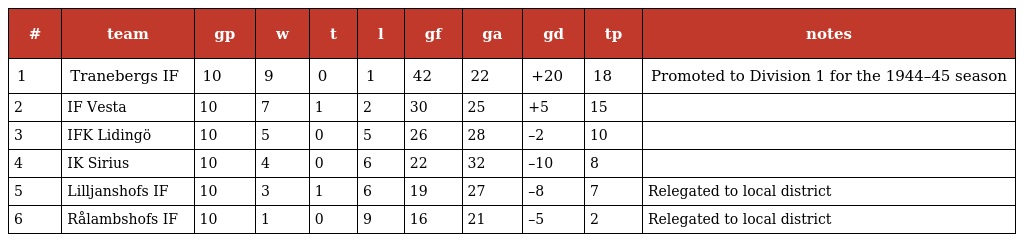
| # | team | gp | w | t | l | gf | ga | gd | tp | notes |
 | --- | --- | --- | --- | --- | --- | --- | --- | --- | --- | --- |
 | 1 | Tranebergs IF | 10 | 9 | 0 | 1 | 42 | 22 | +20 | 18 | Promoted to Division 1 for the 1944–45 season |
 | 2 | IF Vesta | 10 | 7 | 1 | 2 | 30 | 25 | +5 | 15 |  |
 | 3 | IFK Lidingö | 10 | 5 | 0 | 5 | 26 | 28 | –2 | 10 |  |
 | 4 | IK Sirius | 10 | 4 | 0 | 6 | 22 | 32 | –10 | 8 |  |
 | 5 | Lilljanshofs IF | 10 | 3 | 1 | 6 | 19 | 27 | –8 | 7 | Relegated to local district |
 | 6 | Rålambshofs IF | 10 | 1 | 0 | 9 | 16 | 21 | –5 | 2 | Relegated to local district |